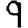
Digit: 9